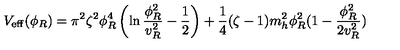
V _ { \mathrm { e f f } } ( \phi _ { R } ) = \pi ^ { 2 } \zeta ^ { 2 } \phi _ { R } ^ { 4 } \left( \ln { \frac { \phi _ { R } ^ { 2 } } { v _ { R } ^ { 2 } } } - { \frac { 1 } { 2 } } \right) + { \frac { 1 } { 4 } } ( \zeta - 1 ) m _ { h } ^ { 2 } \phi _ { R } ^ { 2 } ( 1 - { \frac { \phi _ { R } ^ { 2 } } { 2 v _ { R } ^ { 2 } } } )